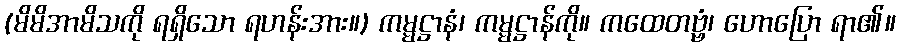
(မိမိအာမိသကို ရရှိသော ရဟန်းအား။) ကမ္မဋ္ဌာနံ၊ ကမ္မဋ္ဌာန်ကို။ ကထေတဗ္ဗံ၊ ဟောပြော ရာ၏။